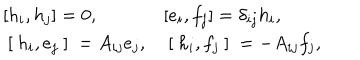
LaTeX: \begin{array} { l l } { { [ h _ { i } , h _ { j } ] = 0 , } } & { { [ e _ { i } , f _ { j } ] = \delta _ { i j } h _ { i } , } } \\ { { \mathrm { ~ [ ~ } h _ { i } , e _ { j } \mathrm { ~ ] ~ } = A _ { i j } e _ { j } , } } & { { \mathrm { ~ [ ~ } h _ { i } , f _ { j } \mathrm { ~ ] ~ } = - A _ { i j } f _ { j } , } } \\ \end{array}